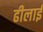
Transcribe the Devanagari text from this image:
ढीलाई